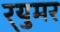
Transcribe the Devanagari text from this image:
र्‍युमर